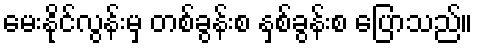
မေးနိုင်လွန်းမှ တစ်ခွန်းစ နှစ်ခွန်းစ ပြောသည်။